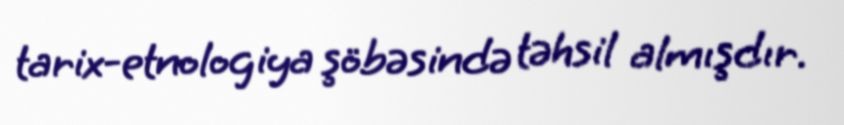
tarix-etnologiya şöbəsində təhsil almışdır.